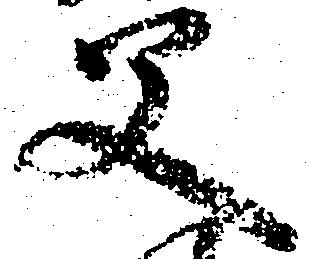
父